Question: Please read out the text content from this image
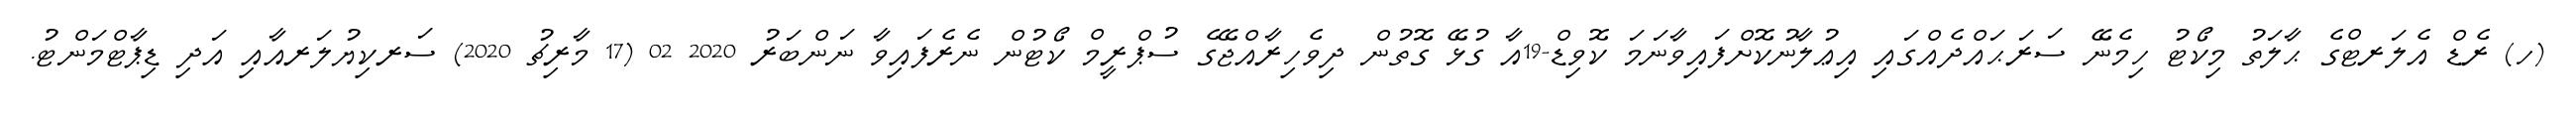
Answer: (ހ) ރެޑް އެލަރޓްގެ ޙާލަތު މިކޯޓު ހިމެނޭ ސަރަޙައްދެއްގައި އިޢުލާނުކޮށްފައިވާނަމަ ކޮވިޑް-19އާ ގުޅޭ ގޮތުން ދިވެހިރާއްޖޭގެ ސުޕްރީމް ކޯޓުން ނެރެފައިވާ ނަންބަރު 2020 02 (17 މާރިޗު 2020) ސަރކިޔުލަރއާއި އަދި ޑިޕާޓްމަންޓު.